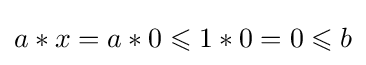
a*x=a*0\leqslant 1*0=0\leqslant b